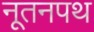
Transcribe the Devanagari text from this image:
नूतनपथ